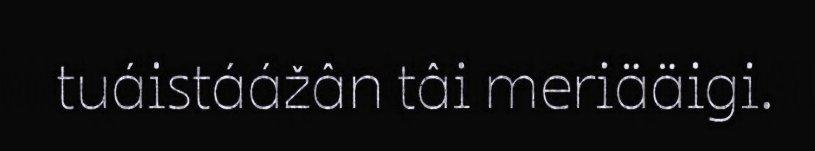
tuáistáážân tâi meriääigi.